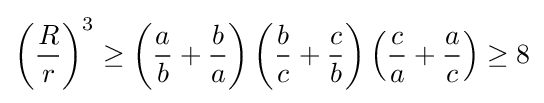
\left({\frac {R}{r}}\right)^{3}\geq \left({\frac {a}{b}}+{\frac {b}{a}}\right)\left({\frac {b}{c}}+{\frac {c}{b}}\right)\left({\frac {c}{a}}+{\frac {a}{c}}\right)\geq 8